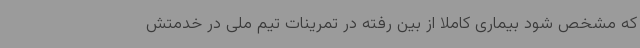
که مشخص شود بیماری کاملا از بین رفته در تمرینات تیم ملی در خدمتش